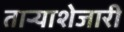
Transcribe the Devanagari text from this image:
ताऱ्याशेजारी